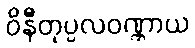
ဝိနီတုပ္ပလဝဏ္ဏာယ